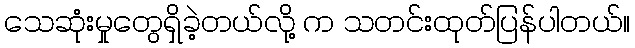
သေဆုံးမှုတွေရှိခဲ့တယ်လို့ က သတင်းထုတ်ပြန်ပါတယ်။